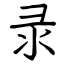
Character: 录